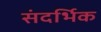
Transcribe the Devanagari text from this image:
संदर्भिक